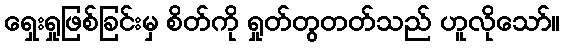
ရှေးရှုဖြစ်ခြင်းမှ စိတ်ကို ရှုတ်တွတတ်သည် ဟူလိုသော်။